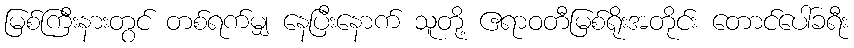
မြစ်ကြီးနားတွင် တစ်ရက်မျှ နေပြီးနောက် သူတို့ ဧရာဝတီမြစ်ရိုးအတိုင်း တောင်ပေါ်ခရီး